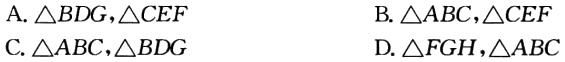
A.$\triangle BDG,\triangle CEF$

B.$\triangle ABC,\triangle CEF$

C.$\triangle ABC,\triangle BDG$

D.$\triangle FGH,\triangle ABC$